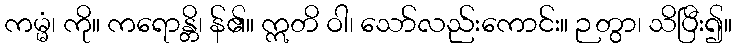
ကမ္မံ၊ ကို။ ကရောန္တိ၊ န်၏။ ဣတိ ဝါ၊ သော်လည်းကောင်း။ ဉတွာ၊ သိပြီး၍။